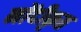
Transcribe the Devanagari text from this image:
नोंदीकृत